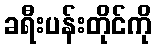
ခရီးပန်းတိုင်ကို